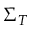
\Sigma _ { T }